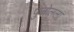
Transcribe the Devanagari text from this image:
पुजोलला